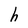
Character: h